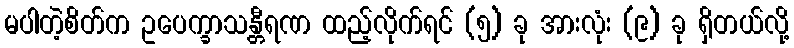
မပါတဲ့စိတ်က ဥပေက္ခာသန္တီရဏ ထည့်လိုက်ရင် (၅) ခု အားလုံး (၉) ခု ရှိတယ်လို့